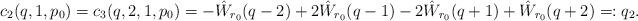
LaTeX: \begin{align*}c_2(q,1,p_0) = c_3(q,2,1,p_0) = -\hat W_{r_0}(q-2) +2\hat W_{r_0}(q-1)-2\hat W_{r_0}(q+1) + \hat W_{r_0}(q+2) =: q_2.\end{align*}